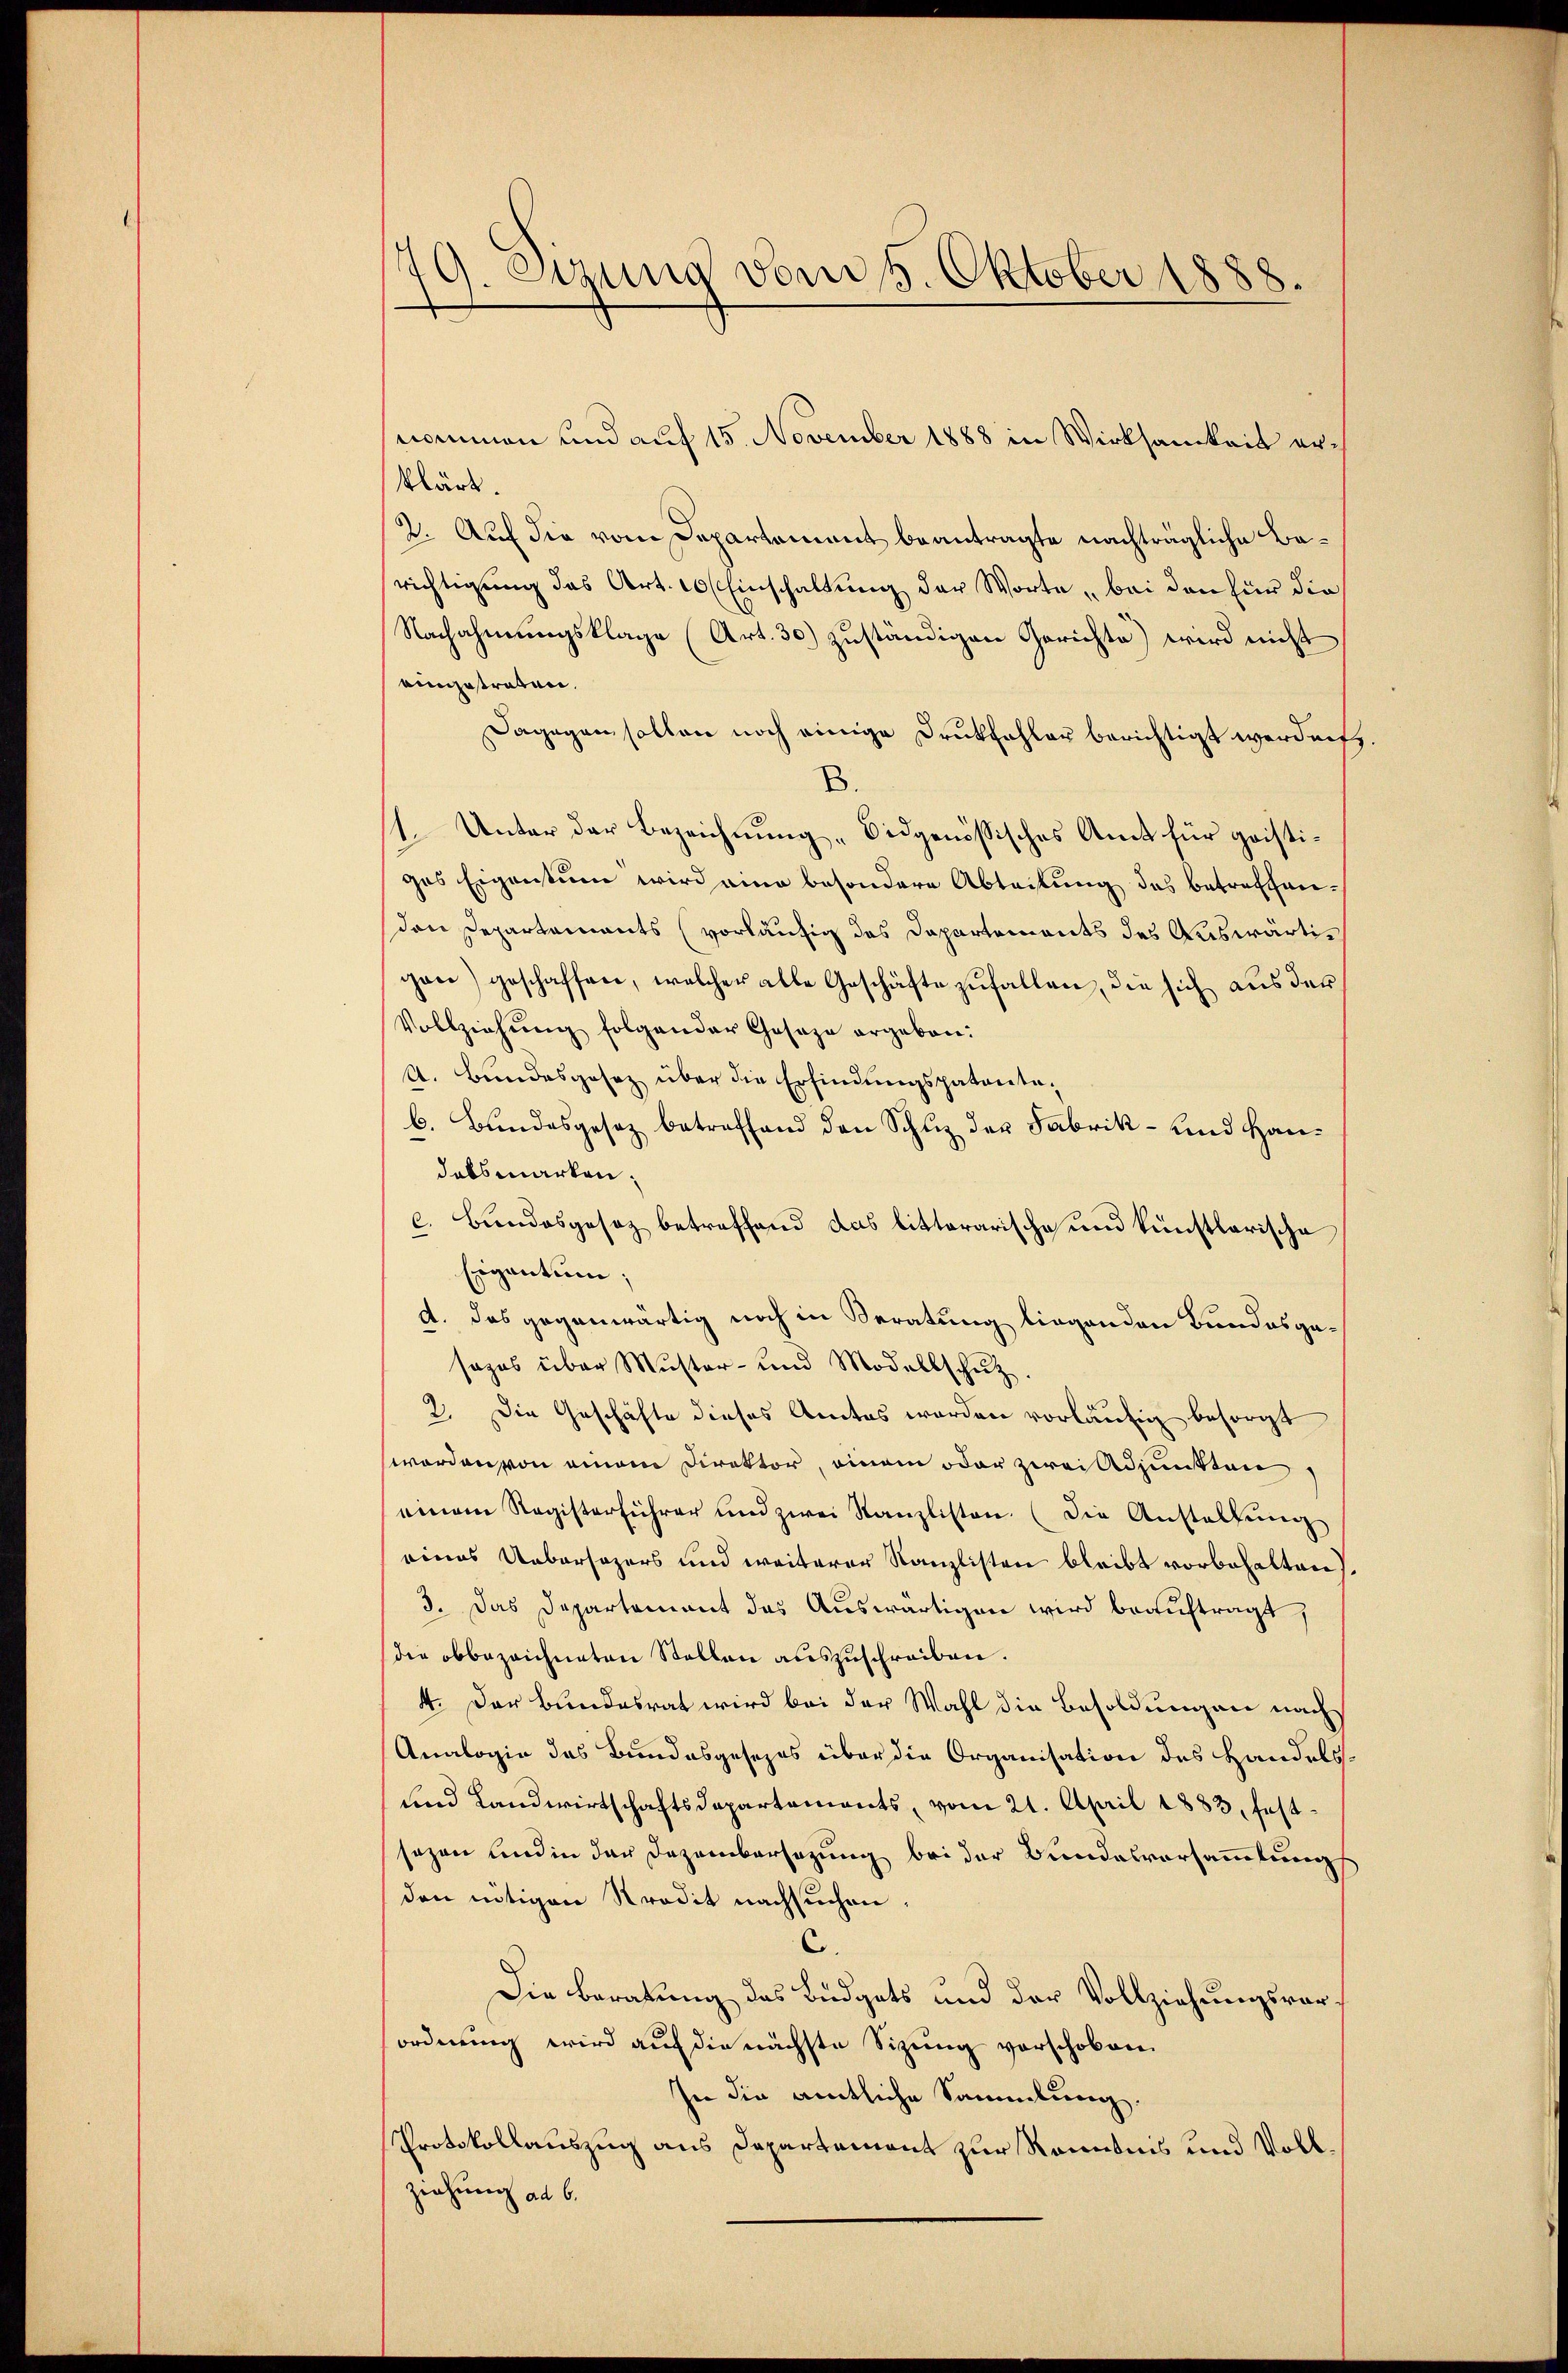
179. Sizung vom 5. Oktober 1888.

nommen und auf 15. November 1888 in Wirksamkeit erklärt.
2. Auf die vom Departement beantragte nachträgliche Besrichtigung das Art. 10 Einschaltung der Worte bei den für die
Nachahmungsklage (Art. 30) zuständigen Gerichte) wird nicht
eingetraten.
Dagegen sollen noch einige Drukfehler berichtigt werden.
B.
1. Unter der Bezeichnung „bidgenössisches Amt für gristiges Eigentum wird eine besondere Abteilung des betreffenden Departaments vorläufig des Dapartements des Auswärtigen) geschaffen, welcher alle Geschäfte zufallen, die sich aus der
Vollziehŭng folgender Gasaze ergeben:
A. Bundesgesez über die Erfindungspatentab. Bundesgesez betreffend den Schuz der Fabrik- und Handalsmarken,
c. Bundesgesez betreffend das litterarische und künstlerische
Eigentum;
d. Das gegenwärtig noch in Beratung liegenden Bundesgesezes über Muster- und Modalbschutz
2. Die Geschäfte dieses Amtes werden vorläufig besorgt
worden von einem Direktor, einem oder zwei Adjunkten,
einem Registerführer und zwei Kanzlisten. (Die Anstellŭng
eines Uebersezers und weiterer Kanzlisten bleibt vorbehalten).
3. Das Departement das Auswärtigen wird beauftragt,
die obbezeichneten Stellen auszuschreiben.
4. Der Bundesrat wird bei der Wahl die Besoldungen nach
Analogie das Bundesgesezes über die Organisation des Handelsfend Landwirtschaftsdepartements, vom 21. April 1883, festsazen und in der Dezembersezung bei der Bundesvorsammlungs
den nötigen Kredit nachsuchen.
C.
Die Beratung das Büdgets und der Vollziehungsvorordnung wird auf die nächste Sizung vorschoben
In die amtliche Sammlung
Protokollauszug aus Departement zur Renntnis und Vollziehung ad 6.